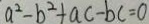
a ^ { 2 } - b ^ { 2 } + a c - b c = 0